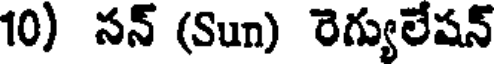
10) సన్ (Sun) రెగ్యులేషన్